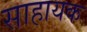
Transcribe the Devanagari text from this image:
साहायक